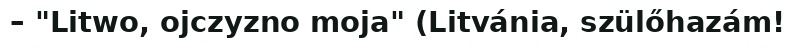
– "Litwo, ojczyzno moja" (Litvánia, szülőhazám!